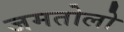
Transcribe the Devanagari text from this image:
जमतोलो